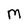
Character: M